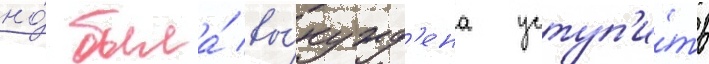
но́ была́ вы́нужд'ена уступ'и́ть